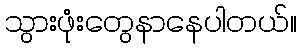
သွားဖုံးတွေနာနေပါတယ်။